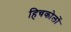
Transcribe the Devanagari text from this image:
हिचकोलों